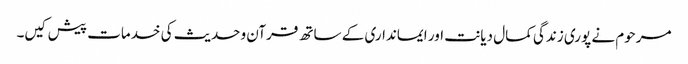
مرحوم نے پوری زندگی کمال دیانت اور ایمانداری کے ساتھ قرآن وحدیث کی خدمات پیش کیں۔